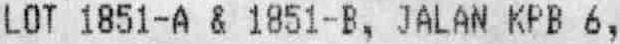
LOT 1851-A & 1851-B, JALAN KPB 6,